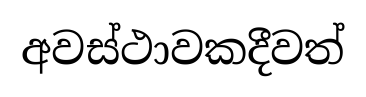
අවස්ථාවකදීවත්